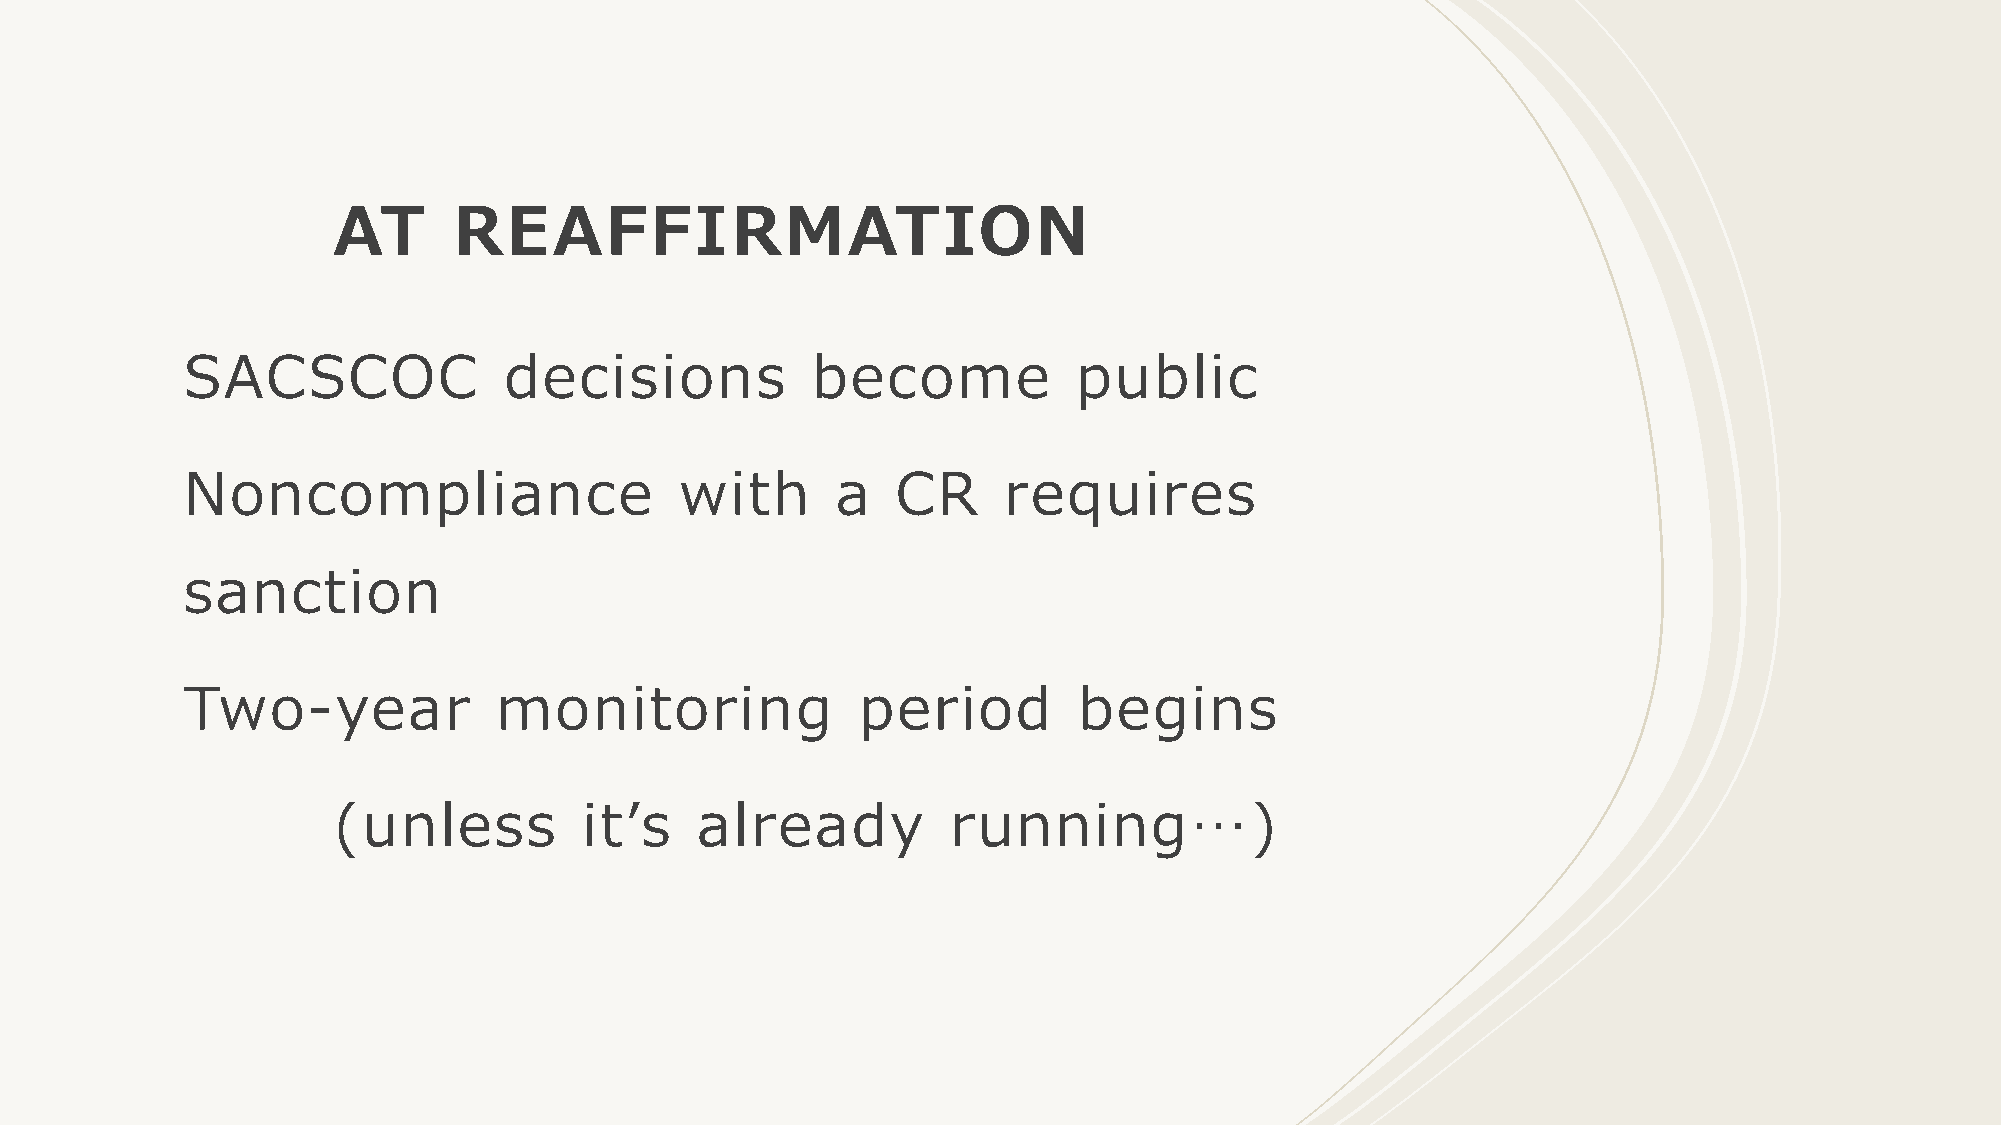
AT      REAFFIRMATION
 SACSCOC              decisions            become           public
 Noncompliance                    with      a   CR     requires
 sanction
 Two-year             monitoring              period        begins
 (unless          it’s   already          running…)